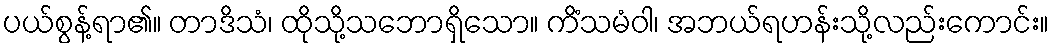
ပယ်စွန့်ရာ၏။ တာဒိသံ၊ ထိုသို့သဘောရှိသော။ ကိံသမံဝါ၊ အဘယ်ရဟန်းသို့လည်းကောင်း။